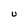
Character: U